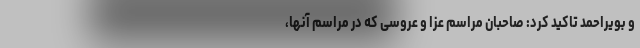
و بویراحمد تاکید کرد:‌ صاحبان مراسم عزا و عروسی که در مراسم آنها،